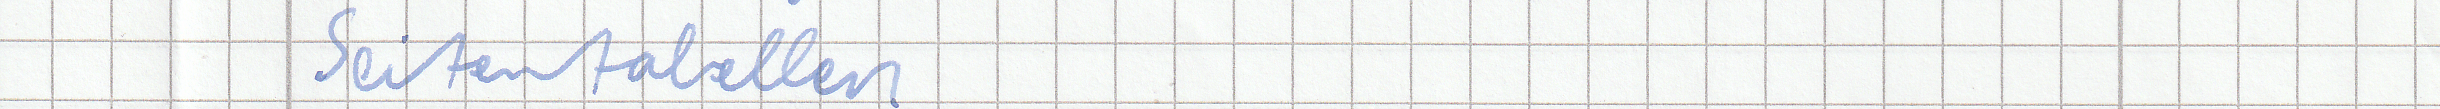
Seitentabellen